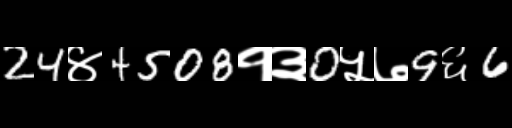
Text: 24४4508१३0५७9६6